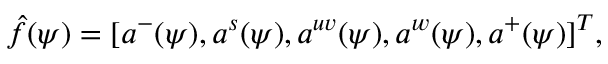
\hat { f } ( \psi ) = [ a ^ { - } ( \psi ) , a ^ { s } ( \psi ) , a ^ { u v } ( \psi ) , a ^ { w } ( \psi ) , a ^ { + } ( \psi ) ] ^ { T } ,